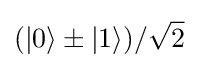
(|0\rangle \pm |1\rangle )/{\sqrt {2}}